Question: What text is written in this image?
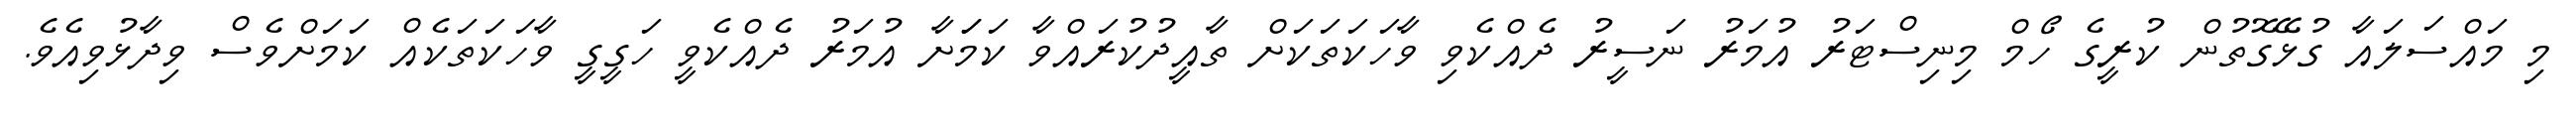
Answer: މި މައްސަލައާ ގުޅޭގޮތުން ކުރީގެ ހޯމް މިނިސްޓަރު އުމަރު ނަސީރު ދެއްކެވި ވާހަކަތަކަށް ތާއީދުކުރައްވާ ކަމަަށާ އުމަރު ދެއްކެވީ ހަގީގީ ވާހަކަތަކެއް ކަމަށްވެސް ވިދާޅުވިއެވެ.